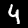
Label: 4